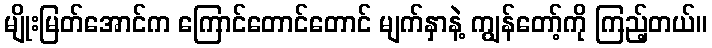
မျိုးမြတ်အောင်က ကြောင်တောင်တောင် မျက်နှာနဲ့ ကျွန်တော့်ကို ကြည့်တယ်။